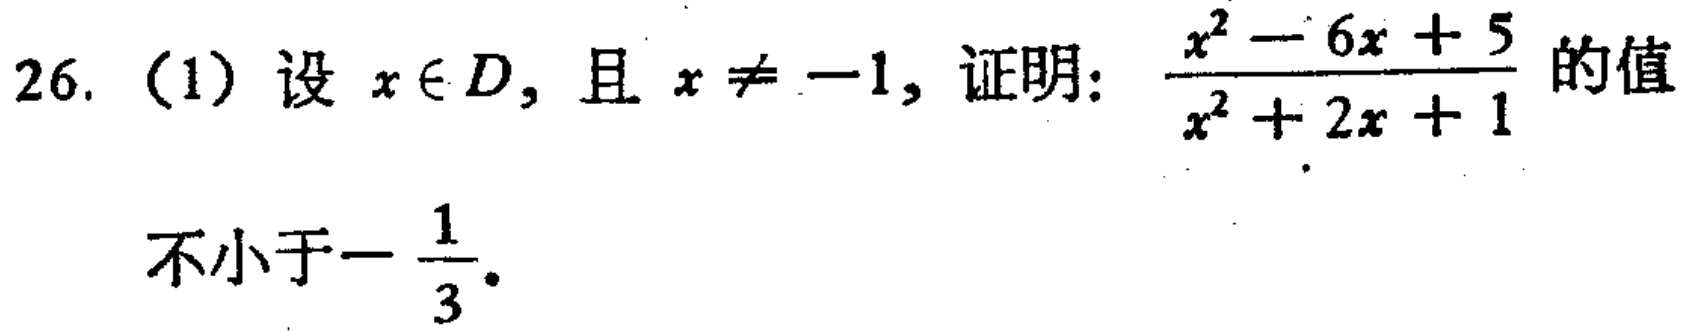
26. (1) 设 \(x\in D\)，且 \(x\neq - 1\)，证明：\(\frac{x^{2}-6x + 5}{x^{2}+2x + 1}\) 的值不小于\(-\frac{1}{3}\)。